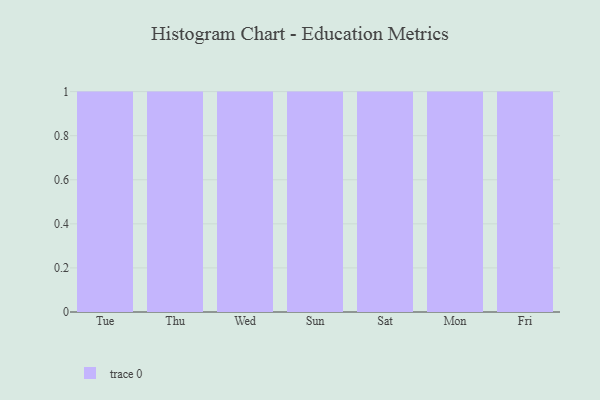
{"axis": {"x": "Day", "y": "Active Users"}, "legend": [""], "data": [{"x": "Tue", "y": 11, "type": ""}, {"x": "Thu", "y": 81, "type": ""}, {"x": "Wed", "y": 77, "type": ""}, {"x": "Sun", "y": 59, "type": ""}, {"x": "Sat", "y": 74, "type": ""}, {"x": "Mon", "y": 80, "type": ""}, {"x": "Fri", "y": 3, "type": ""}]}